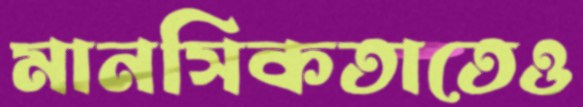
মানসিকতাতেও